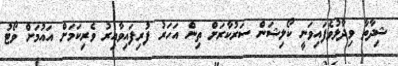
ޝިދާތާ ވިދާޅުވެފައިވަނީ ކޯލިޝަން ސަރުކާރަށް ތިން އަހަރު ފުރިފައިވާއިރު ވެރިކަމަށް އައުމަށް ވޯޓު